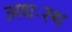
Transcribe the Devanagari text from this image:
अधःस्थ